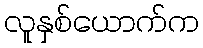
လူနှစ်ယောက်က